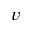
v